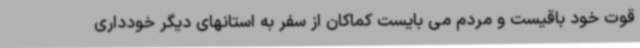
قوت خود باقیست و مردم می بایست کماکان از سفر به استانهای دیگر خودداری